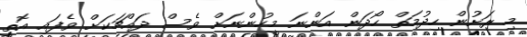
މި ރަށުން ހިދުމަތް ހޯދަން އަންނަ މީހުންނަށް ވެސް ދައްޗަކަށް ވެފައި އޮތީ